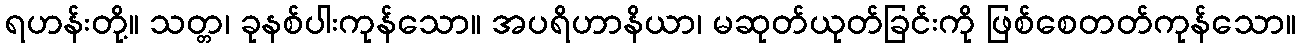
ရဟန်းတို့။ သတ္တ၊ ခုနစ်ပါးကုန်သော။ အပရိဟာနိယာ၊ မဆုတ်ယုတ်ခြင်းကို ဖြစ်စေတတ်ကုန်သော။